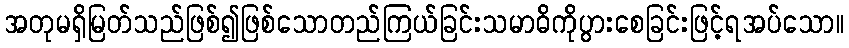
အတုမရှိမြတ်သည်ဖြစ်၍ဖြစ်သောတည်ကြယ်ခြင်းသမာဓိကိုပွားစေခြင်းဖြင့်ရအပ်သော။